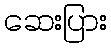
ဆေးပြား